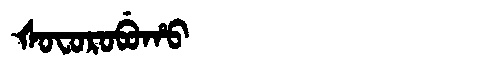
Manchu: ᡧᠣᠸᠣᡵᠣᠪᡠᡥᠣ
Romanization: ŠOFOROBUHO